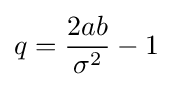
q={\frac {2ab}{\sigma ^{2}}}-1